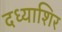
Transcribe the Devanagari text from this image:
दध्याशिर